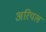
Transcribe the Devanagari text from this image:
अरियल